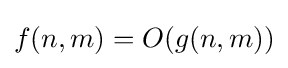
f(n,m)=O(g(n,m))